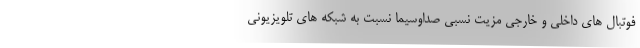
فوتبال های داخلی و خارجی مزیت نسبی صداوسیما نسبت به شبکه های تلویزیونی